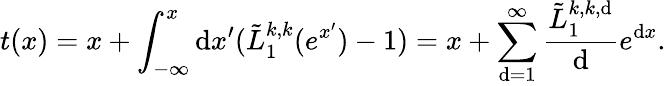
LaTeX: t(x)=x+\int_{-\infty}^{x}\mathrm{d}x^{\prime}({\tilde{{L}}_{1}^{k,k}(e^{x^{\prime}})}-1)=x+\sum_{\mathrm{d}=1}^{\infty}\frac{{\tilde{{L}}_{1}^{k,k,\mathrm{d}}}}{{\mathrm{d}}}e^{\mathrm{d}x}.